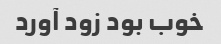
خوب بود زود آورد